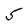
Character: 5